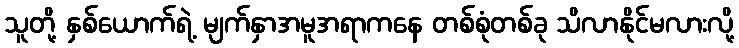
သူတို့ နှစ်ယောက်ရဲ့ မျက်နှာအမူအရာကနေ တစ်စုံတစ်ခု သိလာနိုင်မလားလို့